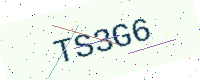
Text: TS3G6